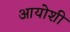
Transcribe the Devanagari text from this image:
आयोशी